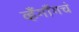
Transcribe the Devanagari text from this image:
व्हँगाँगचं